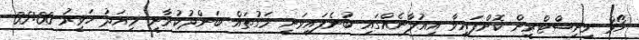
ހޯމް މިނިސްޓްރީން ކޮށްފައިވާ އިއުލާނެއްގައި ބުނެފައިވަނީ މަގުތައް ބަންދުކުރާނީ މިއަދު ހަވީރު 05:00